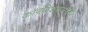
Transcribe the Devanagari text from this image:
कॉर्पोरेशनमध्ये